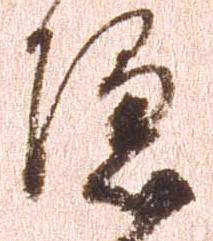
隠